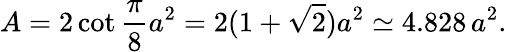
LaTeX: A=2\cot{\frac{\pi}{8}}a^{2}=2(1+{\sqrt{2}})a^{2}\simeq 4.828\, a^{2}.